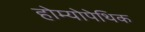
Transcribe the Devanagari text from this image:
होम्योपेथिक